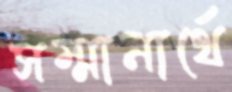
সম্মানার্থে